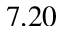
7 . 2 0